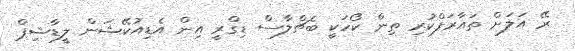
ރޭ އަލަށް ތައާރަފްކުރި ތިން ކޯހަކީ ބެޗްލާސް ޑިގްރީ އިން އެޑިއުކޭޝަން ލީޑާޝިޕް